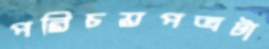
পরিচয়পত্রটা